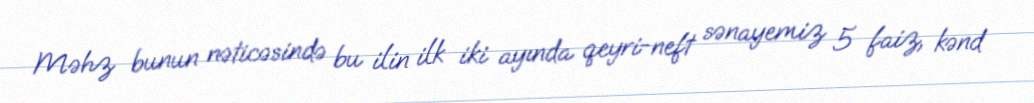
Məhz bunun nəticəsində bu ilin ilk iki ayında qeyri-neft sənayemiz 5 faiz, kənd